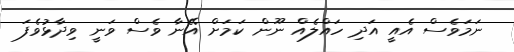
ނަމަވެސް އެއީ އަދި ހައްލެއް ނޫން ކަމަށް އޭނާ ވެސް ވަނީ ވިދާޅުވެފަ